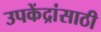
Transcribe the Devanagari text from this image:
उपकेंद्रांसाठी